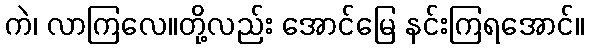
ကဲ၊ လာကြလေ။တို့လည်း အောင်မြေ နင်းကြရအောင်။